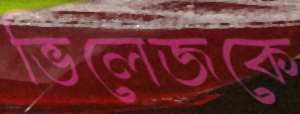
ভিলেজকে